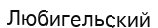
Любигельский